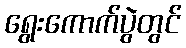
ရွေးကောက်ပွဲတွင်